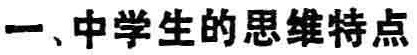
一、中学生的思维特点